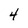
Character: 4